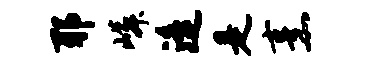
耶嶙遥是烹